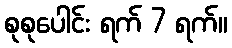
စုစုပေါင်း ရက် 7 ရက်။